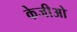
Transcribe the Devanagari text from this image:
केजीओ